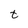
Character: t